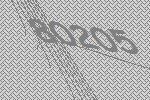
80205